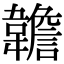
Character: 䪜